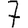
Digit: 7